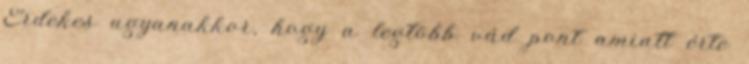
Érdekes ugyanakkor, hogy a legtöbb vád pont amiatt érte